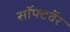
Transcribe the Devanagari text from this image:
सॉफ्टवॅर